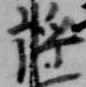
将